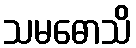
သမဓောသိ